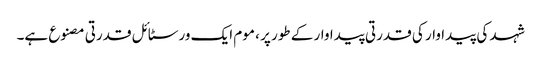
شہد کی پیداوار کی قدرتی پیداوار کے طور پر ، موم ایک ورسٹائل قدرتی مصنوع ہے۔